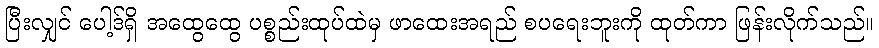
ပြီးလျှင် ပေါ့ဒ်ရှိ အထွေထွေ ပစ္စည်းထုပ်ထဲမှ ဖာထေးအရည် စပရေးဘူးကို ထုတ်ကာ ဖြန်းလိုက်သည်။